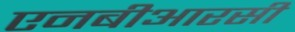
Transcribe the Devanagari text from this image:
एनबीआरसी